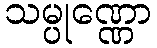
သမ္ပုဏ္ဏော